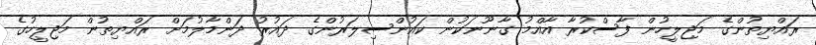
ރައްޔިތުންގެ މަޖިލީހުން ފާސްކުރާ އާއްމު ގާނޫނަކުން ކައުންސިލަރުންގެ ދައުރު ދަންމާލުމަށް ރައްޔިތުން މަޖިލީހުގެ